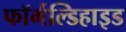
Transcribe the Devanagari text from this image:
फॉर्मल्डिहाइड